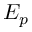
E _ { p }